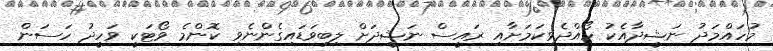
މުހައްމަދު ނަޝީދާއެކު ހޯއްދެވިކަމަށާއި ރައީސް ނަޝީދަށް ލިބިވަޑައިގެންނެވި ކޮންމެ ވޯޓަކީ ވަހީދު ހަސަން